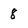
Character: 8